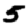
Digit: 5